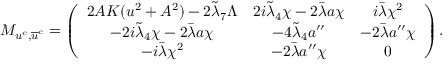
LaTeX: M _ { u ^ { c } , \overline { { { u } } } ^ { c } } = \left( \begin{array} { c c c } { { 2 { \cal A } K ( u ^ { 2 } + A ^ { 2 } ) - 2 \tilde { \lambda } _ { 7 } \Lambda } } & { { 2 i \tilde { \lambda } _ { 4 } \chi - 2 \bar { \lambda } a \chi } } & { { i \bar { \lambda } \chi ^ { 2 } } } \\ { { - 2 i \tilde { \lambda } _ { 4 } \chi - 2 \bar { \lambda } a \chi } } & { { - 4 \tilde { \lambda } _ { 4 } a ^ { \prime \prime } } } & { { - 2 \bar { \lambda } a ^ { \prime \prime } \chi } } \\ { { - i \bar { \lambda } \chi ^ { 2 } } } & { { - 2 \bar { \lambda } a ^ { \prime \prime } \chi } } & { { 0 } } \end{array} \right) .